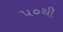
૫૦થી